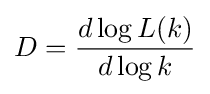
D={\frac {d\log L(k)}{d\log k}}